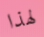
لهذا